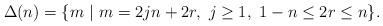
LaTeX: \begin{align*}\Delta(n) = \{ m~ |~ m = 2jn + 2r,~ j\geq 1, ~ 1-n \leq 2r \leq n\}.\end{align*}